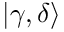
| \gamma , \delta \rangle